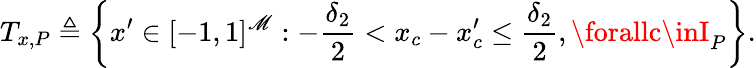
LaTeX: T_{x,P}\triangleq\left\{ x^{\prime}\in[-1,1]^{\mathscr{M}}:-\frac{{\delta_{2}}}{{2}}<x_{c}-x_{c}^{\prime}\leq\frac{{\delta_{2}}}{{2}},\forallc\inI_{P}\right\} .